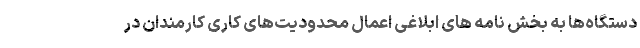
دستگاه‌ها به بخش نامه های ابلاغی اعمال محدودیت‌های کاری کارمندان در